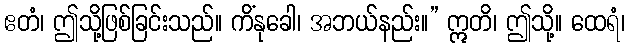
ဧတံ၊ ဤသို့ဖြစ်ခြင်းသည်။ ကိံနုခေါ၊ အဘယ်နည်း။” ဣတိ၊ ဤသို့။ ထေရံ၊